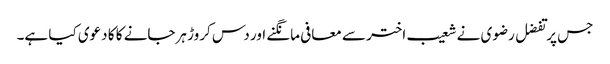
جس پر تفضل رضوی نے شعیب اختر سے معافی مانگنے اور دس کروڑ ہرجانے کا کا دعوی کیا ہے۔